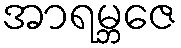
အာရမ္ဘဇေ